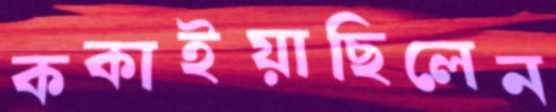
ককাইয়াছিলেন